Medical and sanitary report of the native army of Bengal for the year
Year: 1874
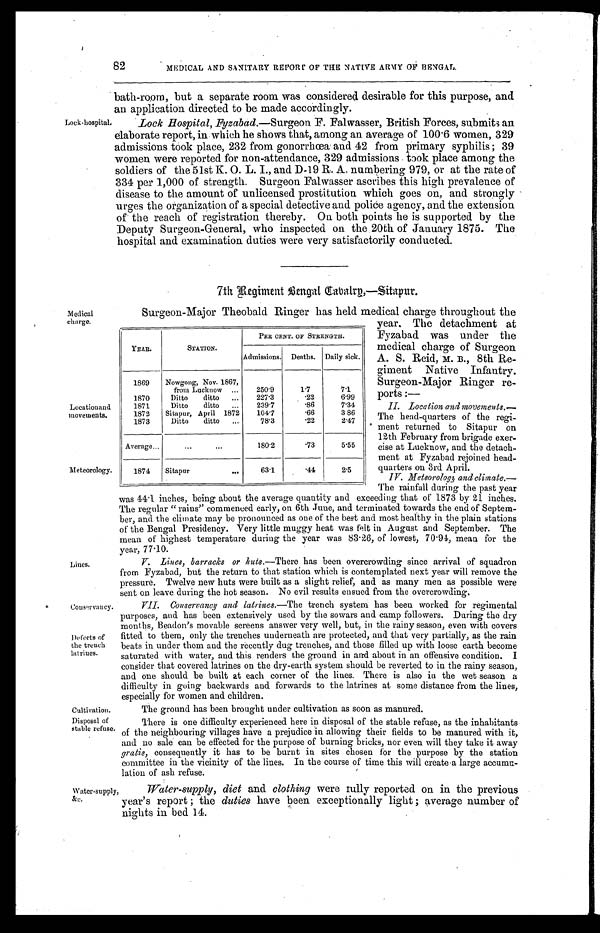
82
MEDICAL AND SANITARY REPORT OF THE NATIVE ARMY OF BENGAL.
Lock-hospital.
bath-room, but a separate room was considered desirable for this purpose, and
an application directed to be made accordingly.
Lock Hospital, Fyzabad.—Surgeon F. Falwasser, British Forces, submits an
elaborate report, in which he shows that, among an average of 100.6 women, 329
admissions took place, 232 from gonorrhœa and 42 from primary syphilis; 39
women were reported for non-attendance, 329 admissions took place among the
soldiers of the 51st K. O . L. I., and D-19 R. A. numbering 979, or at the rate of
334 per 1,000 of strength. Surgeon Falwasser ascribes this high prevalence of
disease to the amount of unlicensed prostitution which goes on, and strongly
urges the organization of a special detective and police agency, and the extension
of the reach of registration thereby. On both points he is supported by the
Deputy Surgeon-General, who inspected on the 20th of January 1875. The
hospital and examination duties were very satisfactorily conducted.
Medical
charge.
Location and
movements.
Meteorology.
Lines.
Couservancy.
Defects of
the trench
latrines.
Cultivation.
Disposal of
stable refuse.
7th Regiment Bengal Cabalry,—Sitapur.
Surgeon-Major Theobald Ringer has held medical charge throughout the
year. The detachment at
Fyzabad was under the
medical charge of Surgeon
A. S. Reid, M. B., 8th Re
-giment Native Infantry.
Surgeon-Major Ringer re
-ports:—
II. Location and movements.—
The head-quarters of the regi
-ment returned to Sitapur on
12th February from brigade exer
-cise at Lucknow, and the detach
-ment at Fyzabad rejoined head
-quarters on 3rd April.
IV. Meteorology and climate.—
The rainfall during the past year
was 44.1 inches, being about the average quantity and exceeding thato f
1 8 7 3 b y 2 1 i n c h e s .
The regular "rains" commenced early, on 6th June, and terminated towards the end of Septem
-ber, and the climate may be pronounced as one of the best and most healthy in the plain stations
of the Bengal Presidency. Very little muggy heat was felt in August and September. The
mean of highest temperature during the year was 83.26, of lowest, 70.94, mean for the
year, 77.10.
V. Lines, barracks or huts .—There has been overcrowding since arrival of squadron
from Fyzabad, but the return to that station which is contemplated next year will remove the
pressure. Twelve new huts were built as a slight relief, and as many men as possible were
sent on leave during the hot season. No evil results ensued from the overcrowding.
VII. Conservancy and latrines.—The trench system has been worked for regimental
purposes, and has been extensively used by the sowars and camp followers. During the dry
months, Beadon's movable screens answer very well, but, in the rainy season, even with covers
fitted to them, only the trenches underneath are protected, and that very partially, as the rain
beats in under them and the recently dug trenches, and those filled up with loose earth become
saturated with water, and this renders the ground in and about in an offensive condition. I
consider that covered latrines on the dry-earth system should be reverted to in the rainy season,
and one should be built at each corner of the lines. There is also in the wet season a
difficulty in going backwards and forwards to the latrines at some distance from the lines,
especially for women and children.
The ground has been brought under cultivation as soon as manured.
There is one difficulty experienced here in disposal of the stable refuse, as the inhabitants
of the neighbouring villages have a prejudice in allowing their fields to be manured with it,
and no sale can be effected for the purpose of burning bricks, nor even will they take it away
gratis, consequently it has to be burnt in sites chosen for the purpose by the station
committee in the vicinity of the lines. In the course of time this will create a large accumu
-lation of ash refuse.
YEAR.
STATION.
PER CENT. OF STRENGTH.
Admissions.
Deaths.
Daily sick.
1869
Nowgong, Nov. 1867,
from Lucknow . . .
250.9
1.7
7.1
1870
Ditto ditto . . .
227.3
.22
6.99
1871
Ditto ditto . . .
239.7
.86
7.34
1872
Sitapur, April 1872
104.7
.66
3 86
1873
Ditto ditto . . .
78.3
.22
2.47
Average . . .
. . .
180.2
.73
5.55
1874
Sitapur . . .
63.1
.44
2.5
Water-supply,
&c.
Water-supply, diet and clothing were rully reported on in the previous
year's report; the duties have been exceptionally light; average number of
nights in bed 14.